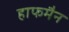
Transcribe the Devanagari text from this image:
हाफमैन